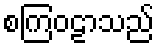
စကြဝဠာသည်